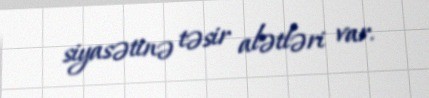
siyasətinə təsir alətləri var.